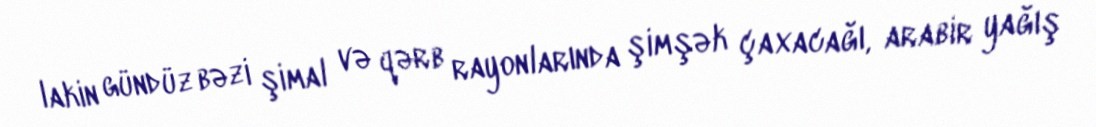
lakin gündüz bəzi şimal və qərb rayonlarında şimşək çaxacağı, arabir yağış